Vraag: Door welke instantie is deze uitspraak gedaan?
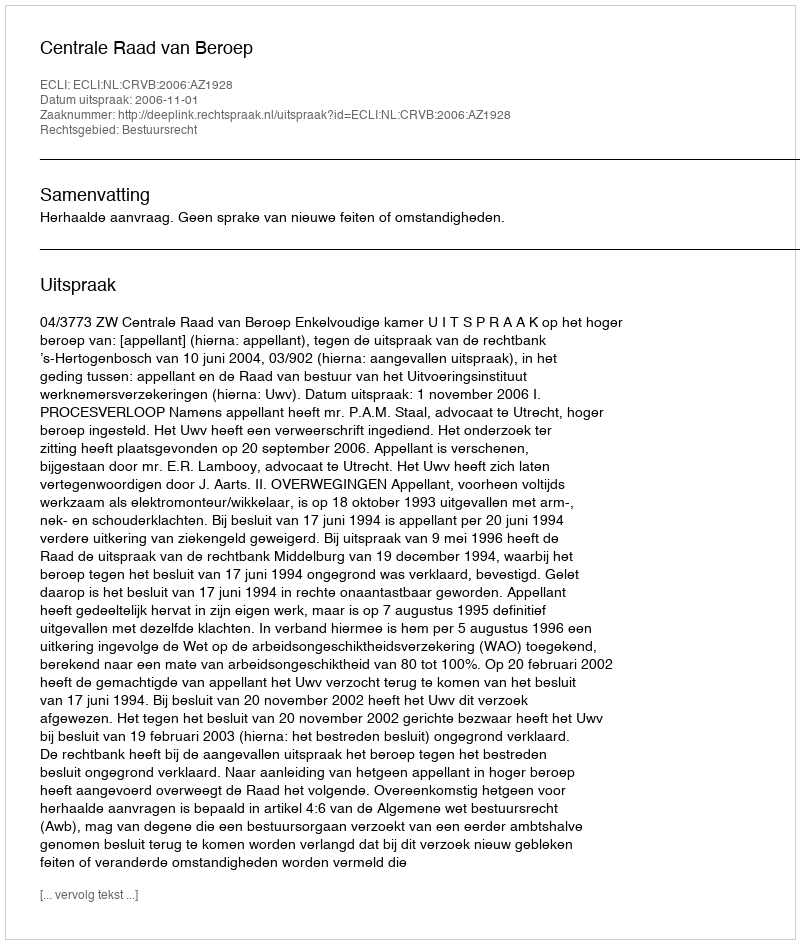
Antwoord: Centrale Raad van Beroep